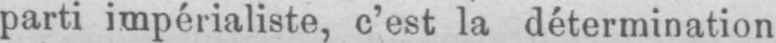
parti impérialiste, c’est la détermination